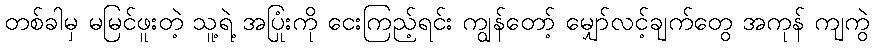
တစ်ခါမှ မမြင်ဖူးတဲ့ သူ့ရဲ့ အပြုံးကို ငေးကြည့်ရင်း ကျွန်တော့် မျှော်လင့်ချက်တွေ အကုန် ကျကွဲ